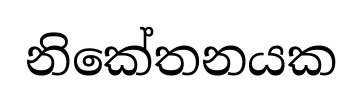
නිකේතනයක